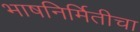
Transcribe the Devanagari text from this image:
भाषनिर्मितीचा